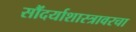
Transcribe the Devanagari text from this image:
सौंदर्याशास्त्रावरचा